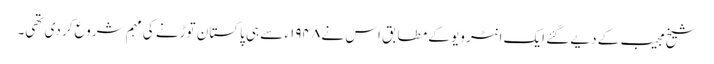
شیخ مجیب کے دیے گئے ایک انٹر ویو کے مطابق اس نے ۱۹۴۸ء سے ہی پاکستان توڑنے کی مہم شروع کر دی تھی۔